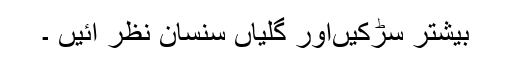
بیشتر سڑکیںاور گلیاں سنسان نظر آئیں ۔